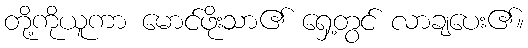
တို့ကိုယူကာ မောင်ဖိုးသာ၏ ရှေ့တွင် လာချပေး၏။